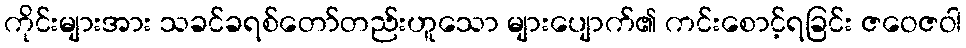
ကိုင်းများအား သခင်ခရစ်တော်တည်းဟူသော များပျောက်၏ ကင်းစောင့်ရခြင်း ဇဝေဇဝါ